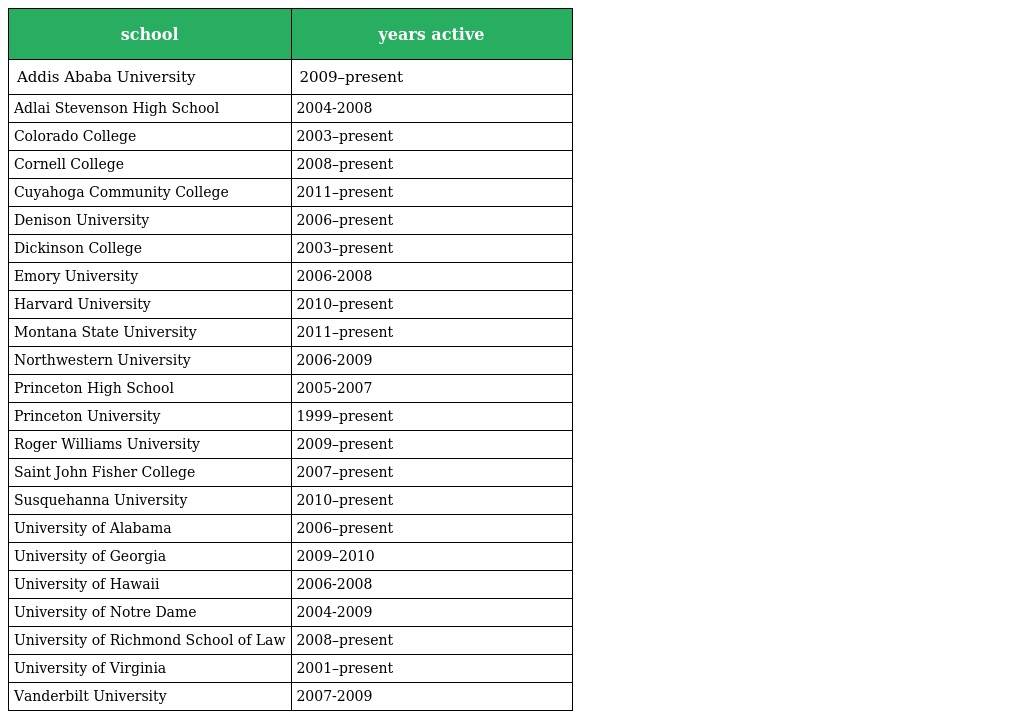
| school | years active |
 | --- | --- |
 | Addis Ababa University | 2009–present |
 | Adlai Stevenson High School | 2004-2008 |
 | Colorado College | 2003–present |
 | Cornell College | 2008–present |
 | Cuyahoga Community College | 2011–present |
 | Denison University | 2006–present |
 | Dickinson College | 2003–present |
 | Emory University | 2006-2008 |
 | Harvard University | 2010–present |
 | Montana State University | 2011–present |
 | Northwestern University | 2006-2009 |
 | Princeton High School | 2005-2007 |
 | Princeton University | 1999–present |
 | Roger Williams University | 2009–present |
 | Saint John Fisher College | 2007–present |
 | Susquehanna University | 2010–present |
 | University of Alabama | 2006–present |
 | University of Georgia | 2009–2010 |
 | University of Hawaii | 2006-2008 |
 | University of Notre Dame | 2004-2009 |
 | University of Richmond School of Law | 2008–present |
 | University of Virginia | 2001–present |
 | Vanderbilt University | 2007-2009 |